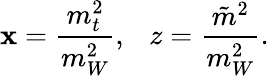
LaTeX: \mathbf{x}=\frac{{m_{t}^{2}}}{{m_{W}^{2}}},~~~z=\frac{{\tilde{{m}}^{2}}}{{m_{W}^{2}}}.